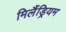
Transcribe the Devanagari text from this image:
मिलैंड्रियम